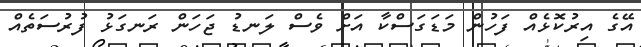
އޭގެ އިރުކޮޅެއް ފަހުން މަޑަގަސްކާ އަށް ވެސް ލަނޑު ޖަހަން ރަނގަޅު ފުރުސަތެއް